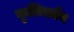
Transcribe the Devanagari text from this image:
कृमिवर्धन